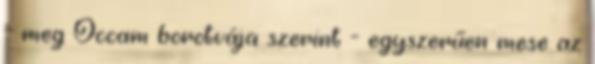
- meg Occam borotvája szerint - egyszerűen mese az